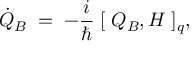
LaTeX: \dot { Q } _ { B } \; = \; - \frac { i } { \hbar } \; [ \; Q _ { B } , H \; ] _ { q } ,